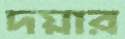
দয়ার